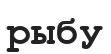
рыбу